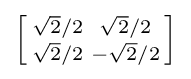
\left[{\begin{smallmatrix}{\sqrt {2}}/2&{\sqrt {2}}/2\\{\sqrt {2}}/2&-{\sqrt {2}}/2\\\end{smallmatrix}}\right]